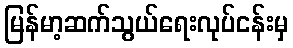
မြန်မာ့ဆက်သွယ်ရေးလုပ်ငန်းမှ